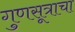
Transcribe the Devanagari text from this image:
गुणसूत्राचा